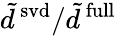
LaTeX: \tilde{d}^{\mathrm{\, svd}}/\tilde{d}^{\mathrm{\, full}}